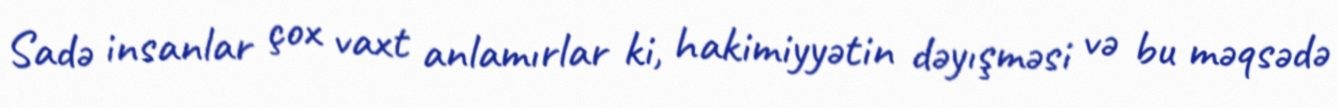
Sadə insanlar çox vaxt anlamırlar ki, hakimiyyətin dəyışməsi və bu məqsədə